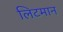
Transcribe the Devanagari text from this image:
लिटमान